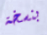
بنسخة